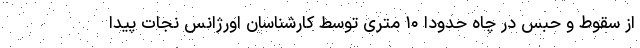
از سقوط و حبس در چاه حدودا ۱۰ متری توسط کارشناسان اورژانس نجات پیدا